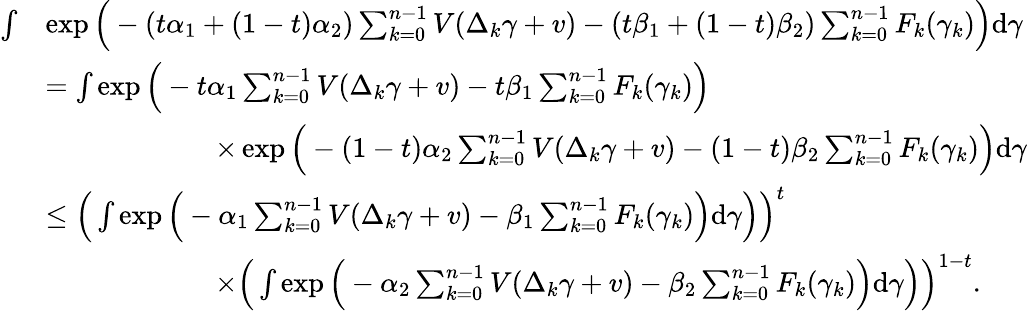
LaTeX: \begin{array}{rl}{\int}&{\exp\Big(-(t\alpha_{1}+(1-t)\alpha_{2})\sum_{k=0}^{n-1}V(\Delta_{k}\gamma+v)-(t\beta_{1}+(1-t)\beta_{2})\sum_{k=0}^{n-1}F_{k}(\gamma_{k})\Big)\mathrm{d}{\gamma}}\\ &{=\int\exp\Big(-t\alpha_{1}\sum_{k=0}^{n-1}V(\Delta_{k}\gamma+v)-t\beta_{1}\sum_{k=0}^{n-1}F_{k}(\gamma_{k})\Big)}\\ &{\qquad\qquad\qquad\times\exp\Big(-(1-t)\alpha_{2}\sum_{k=0}^{n-1}V(\Delta_{k}\gamma+v)-(1-t)\beta_{2}\sum_{k=0}^{n-1}F_{k}(\gamma_{k})\Big)\mathrm{d}{\gamma}}\\ &{\le\Big(\int\exp\Big(-\alpha_{1}\sum_{k=0}^{n-1}V(\Delta_{k}\gamma+v)-\beta_{1}\sum_{k=0}^{n-1}F_{k}(\gamma_{k})\Big)\mathrm{d}{\gamma}\Big)\Big)^{t}}\\ &{\qquad\qquad\qquad\times\Big(\int\exp\Big(-\alpha_{2}\sum_{k=0}^{n-1}V(\Delta_{k}\gamma+v)-\beta_{2}\sum_{k=0}^{n-1}F_{k}(\gamma_{k})\Big)\mathrm{d}{\gamma}\Big)\Big)^{1-t}.}\end{array}